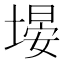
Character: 𪤃